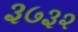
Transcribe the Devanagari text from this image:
३७३२